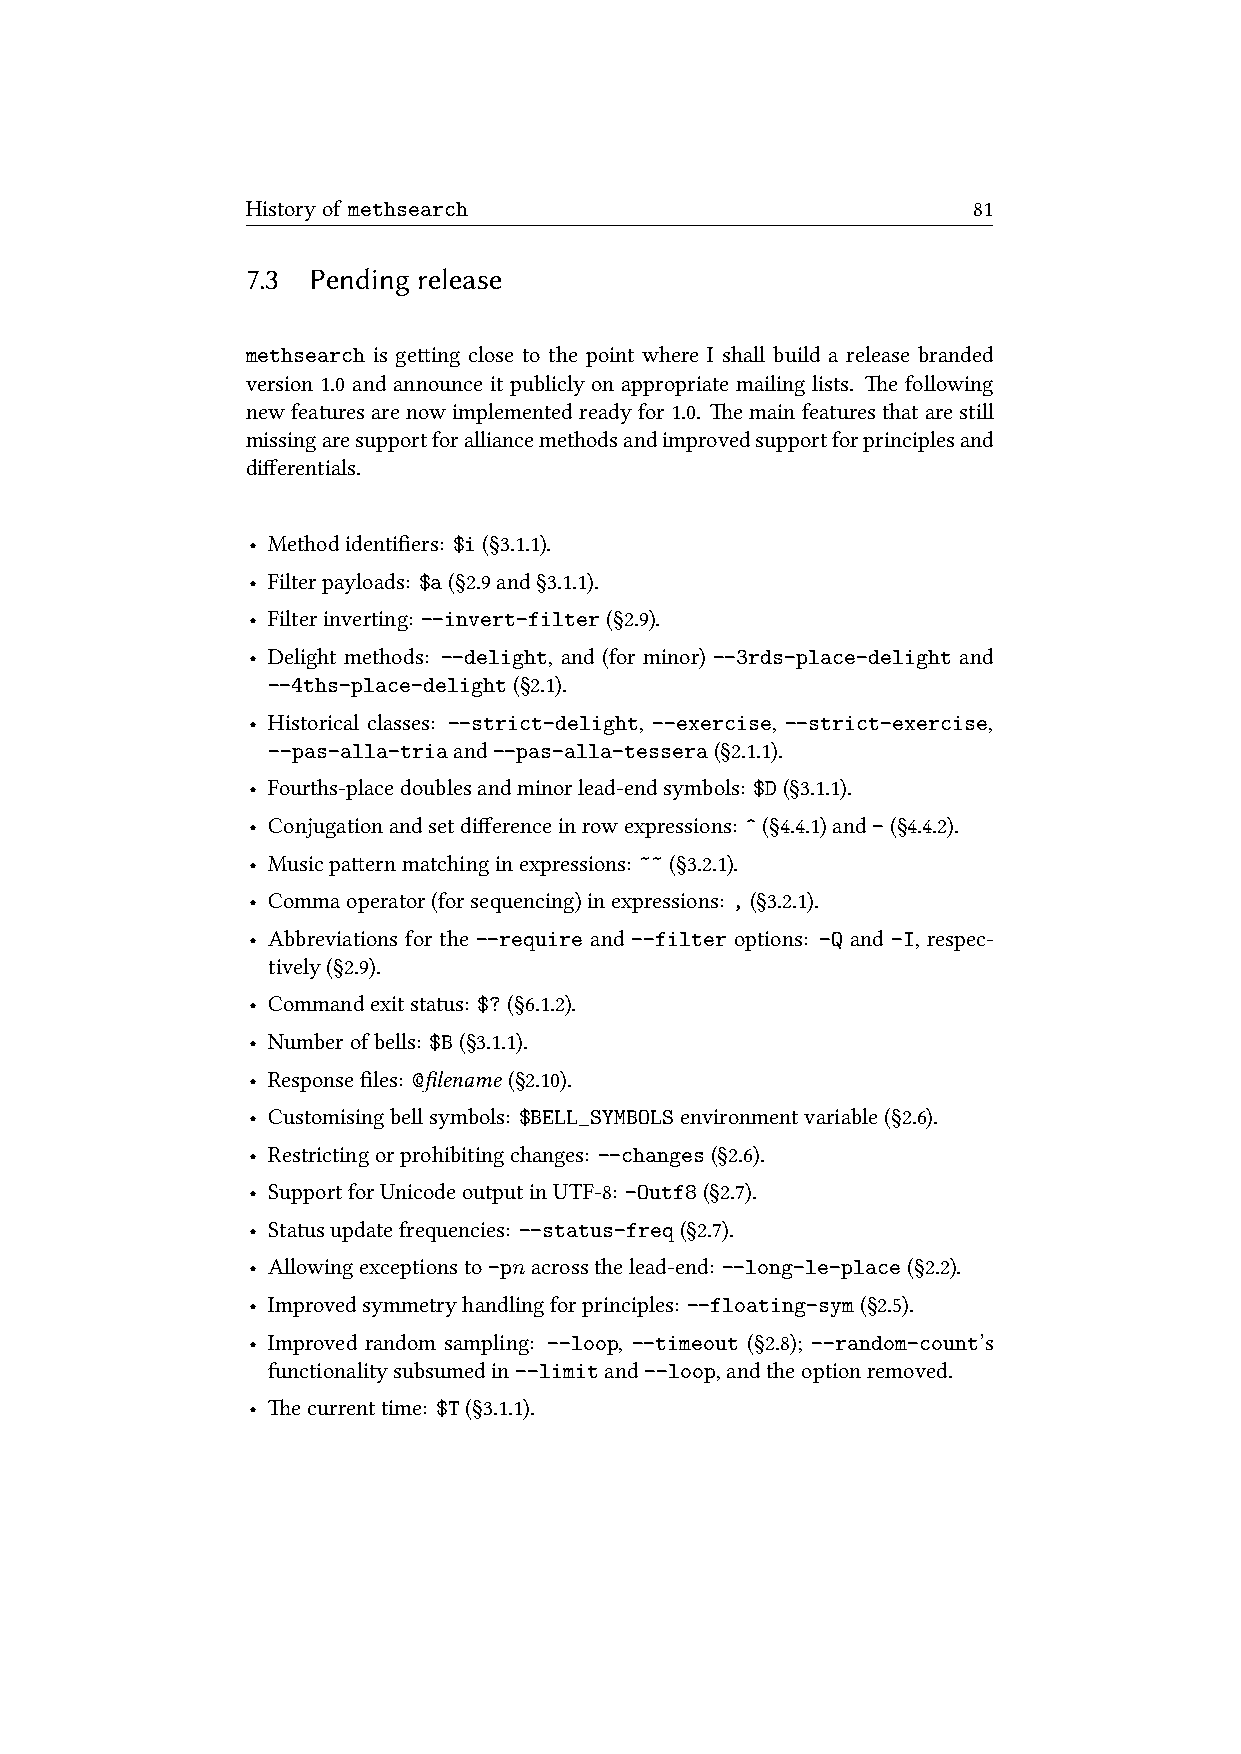
Historyof methsearch                            81
 7.3  Pending release
 methsearch is geing close to the point where I shall build a release branded
 version 1.0 and announce it publicly on appropriate mailing lists. e following
 newfeaturesarenowimplementedreadyfor1.0. emainfeaturesthatarestill
 missingaresupportforalliancemethodsandimprovedsupportforprinciplesand
 differentials.
 • Methodidentifiers: $i(§3.1.1).
 • Filterpayloads: $a(§2.9and§3.1.1).
 • Filterinverting: --invert-filter(§2.9).
 • Delight methods: --delight, and (for minor) --3rds-place-delight and
 --4ths-place-delight(§2.1).
 • Historical classes: --strict-delight, --exercise, --strict-exercise,
 --pas-alla-triaand--pas-alla-tessera(§2.1.1).
 • Fourths-placedoublesandminorlead-endsymbols: $D(§3.1.1).
 • Conjugationandsetdifferenceinrowexpressions: ^(§4.4.1)and-(§4.4.2).
 • Musicpaernmatchinginexpressions: ~~(§3.2.1).
 • Commaoperator(forsequencing)inexpressions: ,(§3.2.1).
 • Abbreviations for the --require and --filter options: -Q and -I, respec-
 tively(§2.9).
 • Commandexitstatus: $?(§6.1.2).
 • Numberofbells: $B(§3.1.1).
 • Responsefiles: @filename(§2.10).
 • Customisingbellsymbols: $BELL_SYMBOLSenvironmentvariable(§2.6).
 • Restrictingorprohibitingchanges: --changes(§2.6).
 • SupportforUnicodeoutputinUTF-8: -Outf8(§2.7).
 • Statusupdatefrequencies: --status-freq(§2.7).
 • Allowingexceptionsto-pnacrossthelead-end: --long-le-place(§2.2).
 • Improvedsymmetryhandlingforprinciples: --floating-sym(§2.5).
 • Improved random sampling: --loop, --timeout (§2.8); --random-count’s
 functionalitysubsumedin--limitand--loop,andtheoptionremoved.
 • ecurrenttime: $T(§3.1.1).